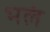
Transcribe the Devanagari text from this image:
भलं